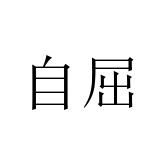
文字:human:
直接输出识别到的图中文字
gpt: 自屈